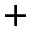
^ +